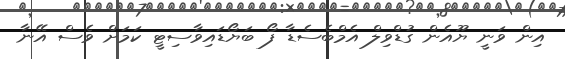
އިން ވަނީ ޔޫއެން ގުޑްވިލް އެމްބެސެޑާ ފޯ ބަޔޯޑައިވާސިޓީ ކަމަށް ވެސް އޭނާ